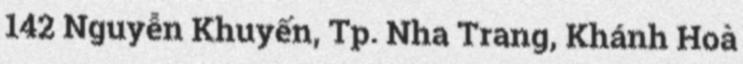
142 Nguyễn Khuyến, Tp. Nha Trang, Khánh Hoà